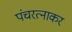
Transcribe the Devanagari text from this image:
पंचरत्नाकर